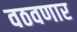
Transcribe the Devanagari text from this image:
वठवणार